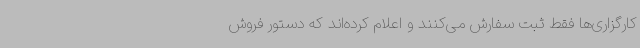
کارگزاری‌ها فقط ثبت سفارش می‌کنند و اعلام کرده‌اند که دستور فروش